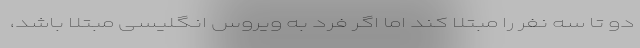
دو تا سه نفر را مبتلا کند اما اگر فرد به ویروس انگلیسی مبتلا باشد،